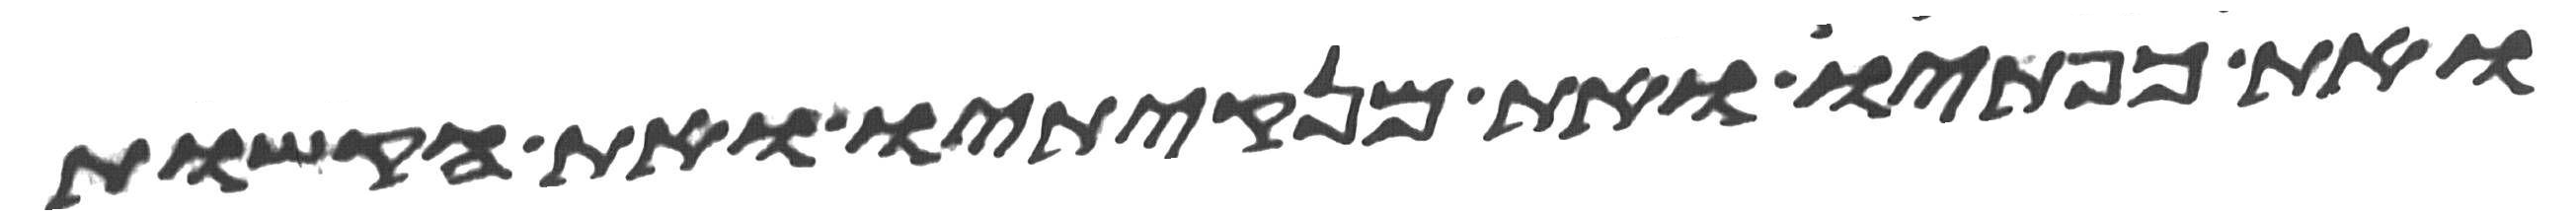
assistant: ואת כפתיו ואת מנקיתיו ואת הקשות